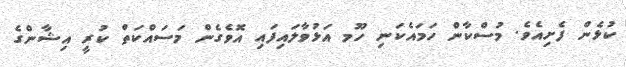
ކުޅެން ފެށިއެވެ. މުސްކާން ހަމައެކަނި ހޫމ އަޅުވާލައިފައި އޮވެގެން މަސައްކަތް ކުރީ އިޝާންގެ